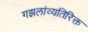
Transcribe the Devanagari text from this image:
गझलांव्यतिरिक्त